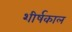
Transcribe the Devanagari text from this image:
शीर्षकाल